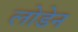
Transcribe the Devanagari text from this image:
लोडेन